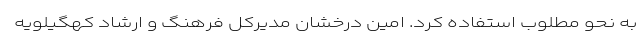
به نحو مطلوب استفاده کرد. امین درخشان مدیرکل فرهنگ و ارشاد کهگیلویه